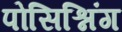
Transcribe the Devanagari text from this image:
पोसिश्निंग